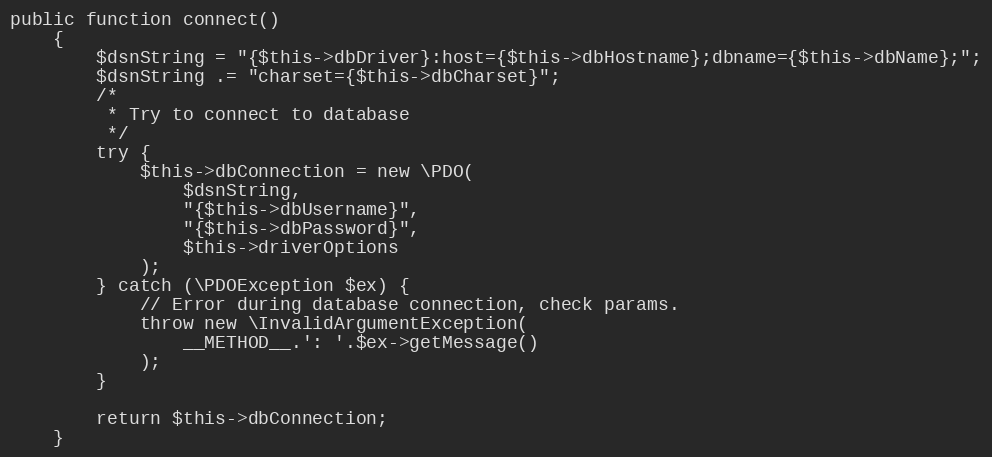
Language: PHP
public function connect()
    {
        $dsnString = "{$this->dbDriver}:host={$this->dbHostname};dbname={$this->dbName};";
        $dsnString .= "charset={$this->dbCharset}";
        /*
         * Try to connect to database
         */
        try {
            $this->dbConnection = new \PDO(
                $dsnString,
                "{$this->dbUsername}",
                "{$this->dbPassword}",
                $this->driverOptions
            );
        } catch (\PDOException $ex) {
            // Error during database connection, check params.
            throw new \InvalidArgumentException(
                __METHOD__.': '.$ex->getMessage()
            );
        }

        return $this->dbConnection;
    }